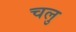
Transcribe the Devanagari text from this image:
चलु